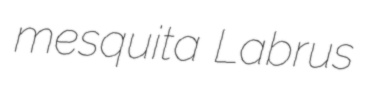
mesquita Labrus